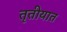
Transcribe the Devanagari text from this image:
तृतीयात